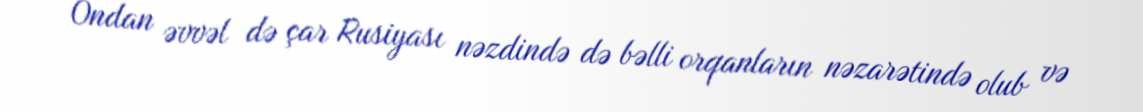
Ondan əvvəl də çar Rusiyası nəzdində də bəlli orqanların nəzarətində olub və